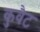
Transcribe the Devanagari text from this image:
कुवैट